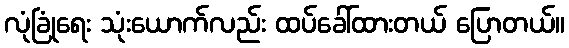
လုံခြုံရေး သုံးယောက်လည်း ထပ်ခေါ်ထားတယ် ပြောတယ်။